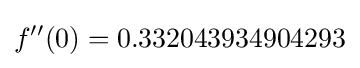
f''(0)=0.332043934904293